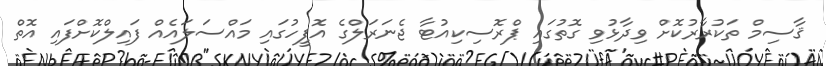
ޤާސިމް ތަކުރާރުކޮށް ވިދާޅުވި ގޮތުގައި ޕްރޮސިކިއުޓާ ޖެނަރަލްގެ އޮފީހުގައި މައްސަލައެއް ފައިލްކޮށްފައި އޮތް